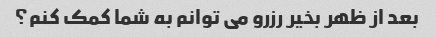
بعد از ظهر بخیر رزرو می توانم به شما کمک کنم؟